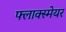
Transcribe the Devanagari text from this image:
फ्लाक्स्मेयर